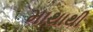
માથાથી